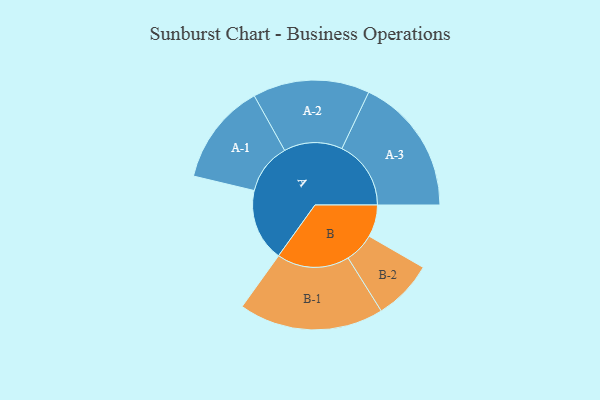
{"axis": {"x": "Segment", "y": "Value"}, "legend": ["", "A", "B"], "data": [{"x": "A", "y": 278, "type": ""}, {"x": "B", "y": 123, "type": ""}, {"x": "A-1", "y": 195, "type": "A"}, {"x": "A-2", "y": 224, "type": "A"}, {"x": "A-3", "y": 265, "type": "A"}, {"x": "B-1", "y": 278, "type": "B"}, {"x": "B-2", "y": 115, "type": "B"}]}